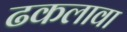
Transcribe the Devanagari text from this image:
ढकलावा